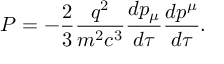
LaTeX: P = - { \frac { 2 } { 3 } } { \frac { q ^ { 2 } } { m ^ { 2 } c ^ { 3 } } } { \frac { d p _ { \mu } } { d \tau } } { \frac { d p ^ { \mu } } { d \tau } } .